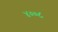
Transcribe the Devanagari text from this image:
४००८